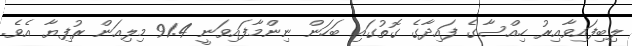
ލިބިފައިވާއިރު ހިއްސާގެ ފައިދާގެ ގޮތުގައި ބަހަން ނިންމާފައިވަނީ 91.4 މިލިއަން ރުފިޔާ އެވެ.